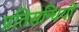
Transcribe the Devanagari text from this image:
प्रतिसन्धियों